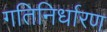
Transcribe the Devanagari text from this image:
गतिनिर्धारण